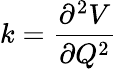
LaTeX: k={\frac{\partial^{2}V}{\partial Q^{2}}}